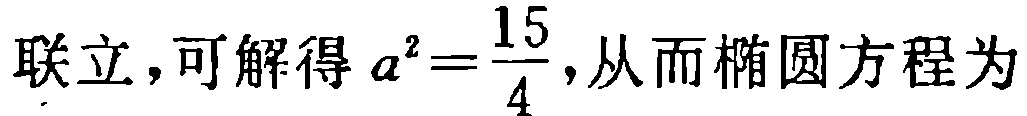
联立，可解得 \(a^{2}=\frac{15}{4}\)，从而椭圆方程为